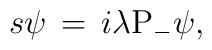
s\psi\,=\,i\lambda{\rm P}_{-}\psi,